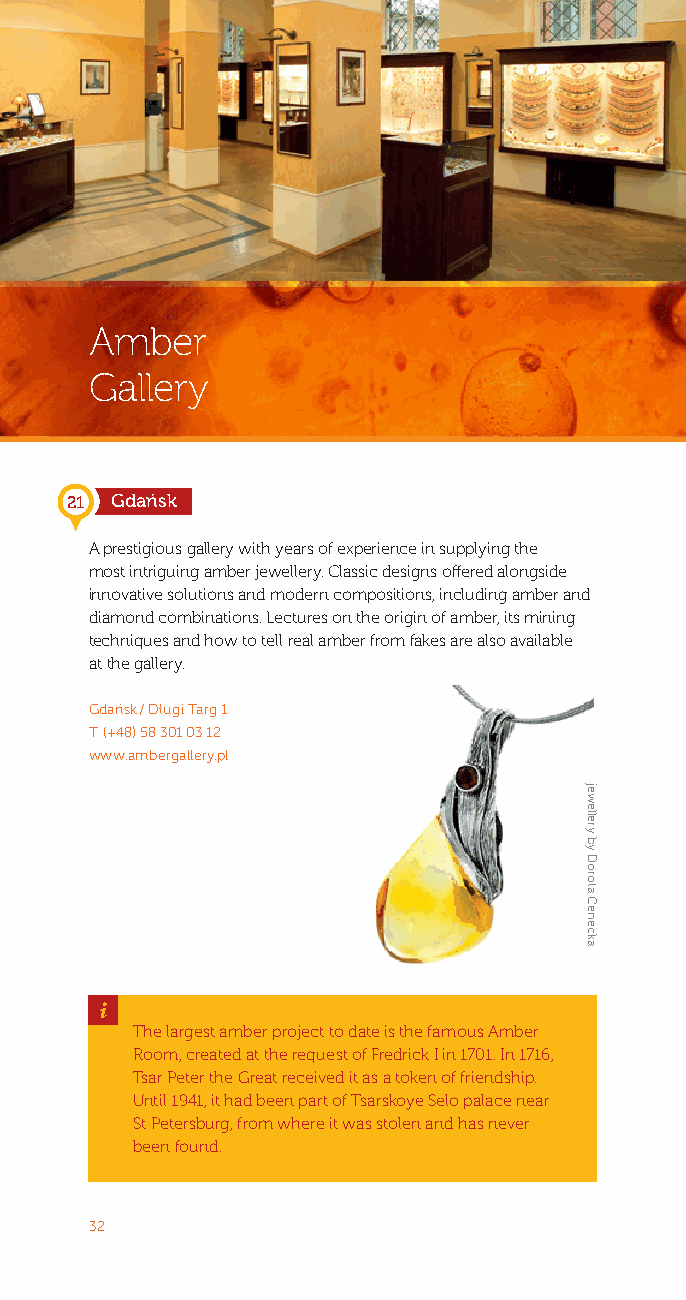
Amber
 Gallery
 21 Gdańsk
 A prestigious gallery with years of experience in supplying the
 most intriguing amber jewellery. Classic designs offered alongside
 innovative solutions and modern compositions, including amber and
 diamond combinations. Lectures on the origin of amber, its mining
 techniques and how to tell real amber from fakes are also available
 at the gallery.
 Gdańsk / Długi Targ 1
 T: (+48) 58 301 03 12
 www.ambergallery.pl
 _
 The largest amber project to date is the famous Amber
 Room, created at the request of Fredrick I in 1701. In 1716,
 Tsar Peter the Great received it as a token of friendship.
 Until 1941, it had been part of Tsarskoye Selo palace near
 St Petersburg, from where it was stolen and has never
 been found.
 32
 jewellery
 by
 Dorota
 Cenecka